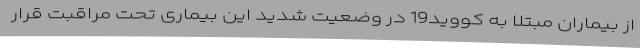
از بیماران مبتلا به کووید19 در وضعیت شدید این بیماری تحت مراقبت قرار